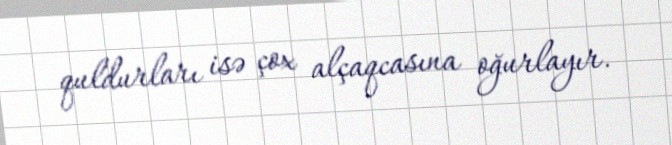
quldurları isə çox alçaqcasına oğurlayır.